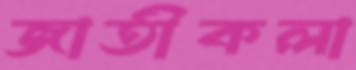
জাতীকলা